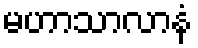
မဟာသာလာနံ